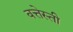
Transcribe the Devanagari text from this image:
बत्तेस्ती